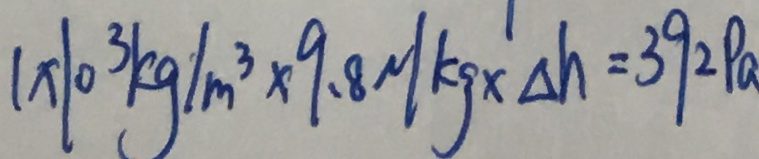
1 \times 1 0 ^ { 3 } k g / m ^ { 3 } \times 9 . 8 N / k g \times \Delta h = 3 9 2 P a